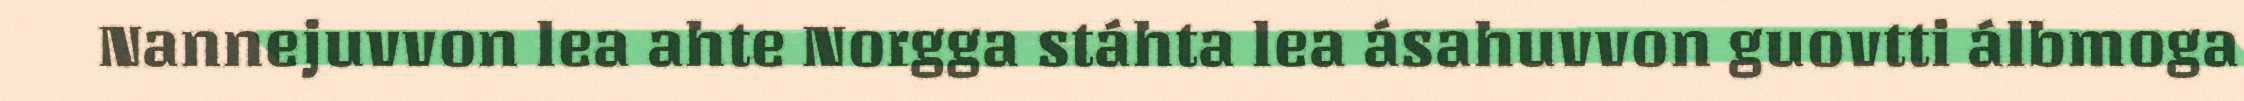
Nannejuvvon lea ahte Norgga stáhta lea ásahuvvon guovtti álbmoga